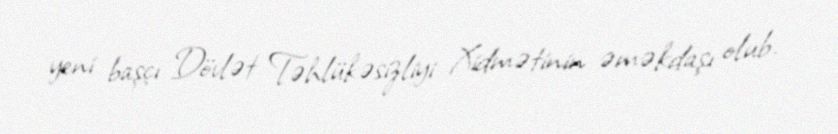
yeni başçı Dövlət Təhlükəsizliyi Xidmətinin əməkdaşı olub.